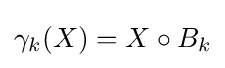
\gamma _{k}(X)=X\circ B_{k}